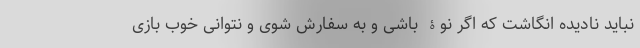
نباید نادیده انگاشت که اگر نوۀ باشی و به سفارش شوی و نتوانی خوب بازی